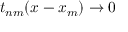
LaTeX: t _ { n m } ( x - x _ { m } ) \to 0